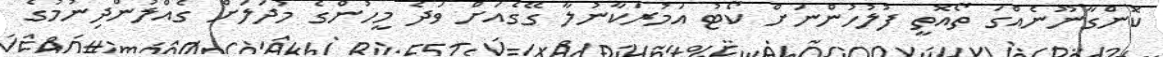
ކޮންގާނޫނެއްގަ ތޯއޮތީ ފުލުހުންނަށް ކޯޓު އަމުރަކާނުލާ ގޭގެއަށް ވަދެ މީހުންގެ މުދަލަށް ގެއްލުންދިނުމުގެ